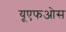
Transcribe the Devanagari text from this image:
यूएफओस